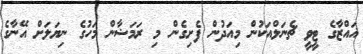
ޣައްޒާގެ ޓީވީ ޗެނަލްއަކުން މިއަދުން ފެށިގެން މި ރަމަޟާން މަހުގެ ނިޔަލަށް އޭނާގެ